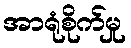
အာရုံစိုက်မှု